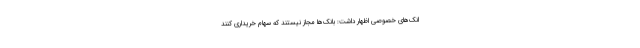
انک‌های خصوصی اظهار داشت: بانک‌ها مجاز نیستند که سهام خریداری کنند